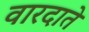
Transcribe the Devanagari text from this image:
वारदाते